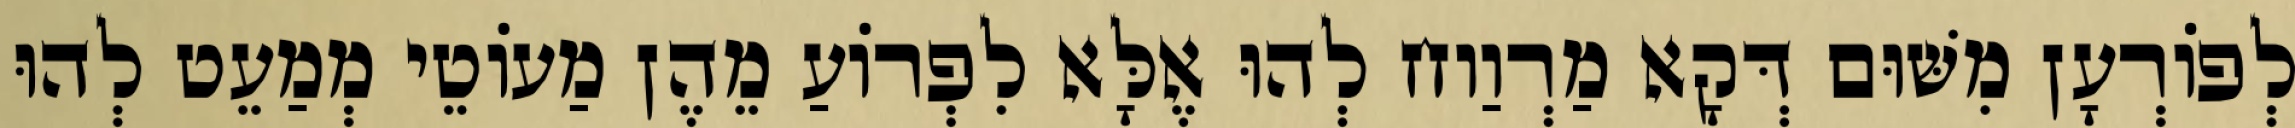
לְפוֹרְעָן מִשּׁוּם דְּקָא מַרְוַוח לְהוּ אֶלָּא לִפְרוֹעַ מֵהֶן מַעוֹטֵי מְמַעֵט לְהוּ